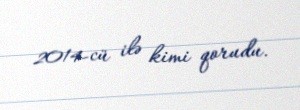
2014-cü ilə kimi qorudu.